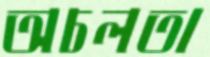
অচলতা